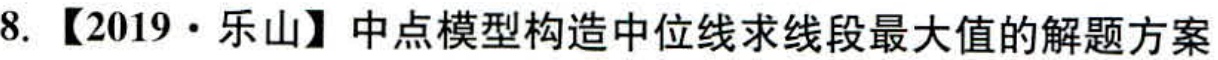
8. 【2019·乐山】中点模型构造中位线求线段最大值的解题方案